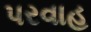
પરવાહ